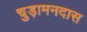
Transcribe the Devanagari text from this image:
चुड़ामनदास